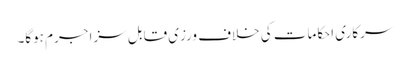
سرکاری احکامات کی خلاف ورزی قابل سزا جرم ہوگا۔